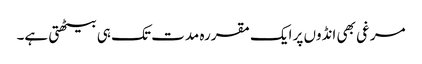
مرغی بھی انڈوں پر ایک مقررہ مدت تک ہی بیٹھتی ہے۔